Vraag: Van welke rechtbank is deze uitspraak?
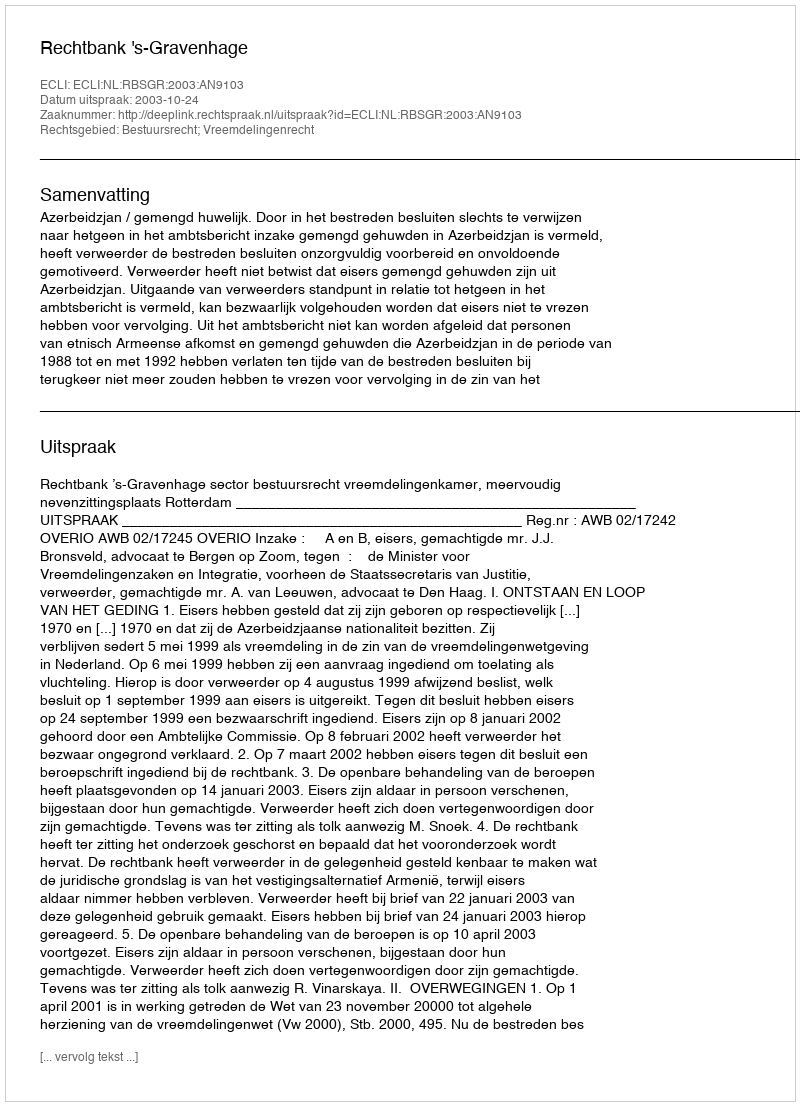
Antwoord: Rechtbank 's-Gravenhage